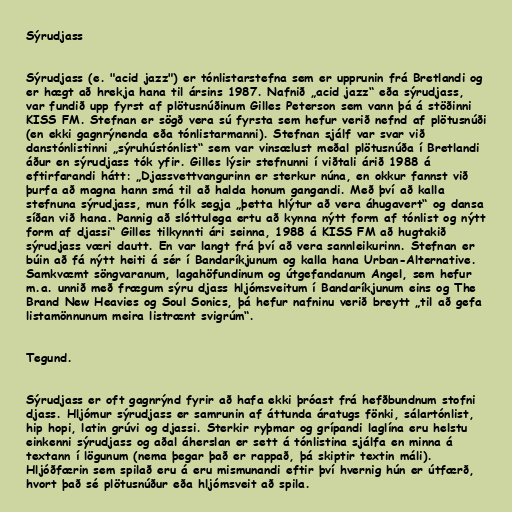
Sýrudjass

Sýrudjass (e. "acid jazz") er tónlistarstefna sem er upprunin frá Bretlandi og
er hægt að hrekja hana til ársins 1987. Nafnið „acid jazz“ eða sýrudjass,
var fundið upp fyrst af plötusnúðinum Gilles Peterson sem vann þá á stöðinni
KISS FM. Stefnan er sögð vera sú fyrsta sem hefur verið nefnd af plötusnúði
(en ekki gagnrýnenda eða tónlistarmanni). Stefnan sjálf var svar við
danstónlistinni „sýruhústónlist“ sem var vinsælust meðal plötusnúða í Bretlandi
áður en sýrudjass tók yfir. Gilles lýsir stefnunni í viðtali árið 1988 á
eftirfarandi hátt: „Djassvettvangurinn er sterkur núna, en okkur fannst við
þurfa að magna hann smá til að halda honum gangandi. Með því að kalla
stefnuna sýrudjass, mun fólk segja „þetta hlýtur að vera áhugavert“ og dansa
síðan við hana. Þannig að slóttulega ertu að kynna nýtt form af tónlist og nýtt
form af djassi“ Gilles tilkynnti ári seinna, 1988 á KISS FM að hugtakið
sýrudjass væri dautt. En var langt frá því að vera sannleikurinn. Stefnan er
búin að fá nýtt heiti á sér í Bandaríkjunum og kalla hana Urban-Alternative.
Samkvæmt söngvaranum, lagahöfundinum og útgefandanum Angel, sem hefur
m.a. unnið með frægum sýru djass hljómsveitum í Bandaríkjunum eins og The
Brand New Heavies og Soul Sonics, þá hefur nafninu verið breytt „til að gefa
listamönnunum meira listrænt svigrúm“.

Tegund.

Sýrudjass er oft gagnrýnd fyrir að hafa ekki þróast frá hefðbundnum stofni
djass. Hljómur sýrudjass er samrunin af áttunda áratugs fönki, sálartónlist,
hip hopi, latin grúvi og djassi. Sterkir ryþmar og grípandi laglína eru helstu
einkenni sýrudjass og aðal áherslan er sett á tónlistina sjálfa en minna á
textann í lögunum (nema þegar það er rappað, þá skiptir textin máli).
Hljóðfærin sem spilað eru á eru mismunandi eftir því hvernig hún er útfærð,
hvort það sé plötusnúður eða hljómsveit að spila.